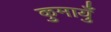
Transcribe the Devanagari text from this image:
कुमायुँ